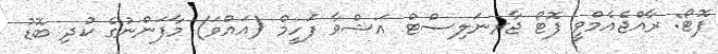
ފޮޓޯ: ރާއްޖެއެމްވީ ފޮޓޯ ޖާރނަލިސްޓް އަޝްވާ ފަހީމް (އައްވަ) މާފަންނުގެ ކުދި ބޮޑު